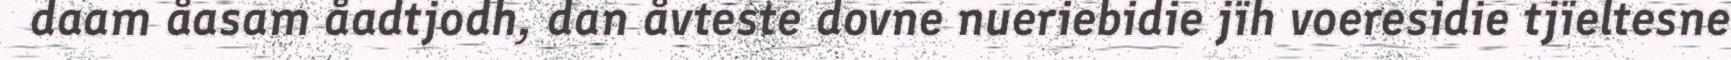
daam åasam åadtjodh, dan åvteste dovne nueriebidie jïh voeresidie tjïeltesne